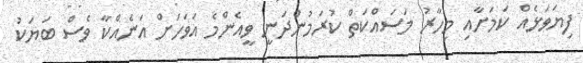
ފިޔަވަޅެއް ކަމަށާއި މިހާރު މަސައްކަތް ކުރަމުންދަނީ ވީއެންމެ އަވަހަށް އަނެއްކާ ވެސް ބަޔަކު